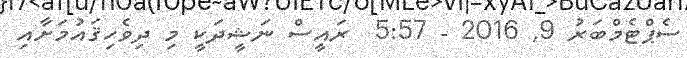
ސެޕްޓެމްބަރު 9